Report of the veterinary officer investigating camel disease
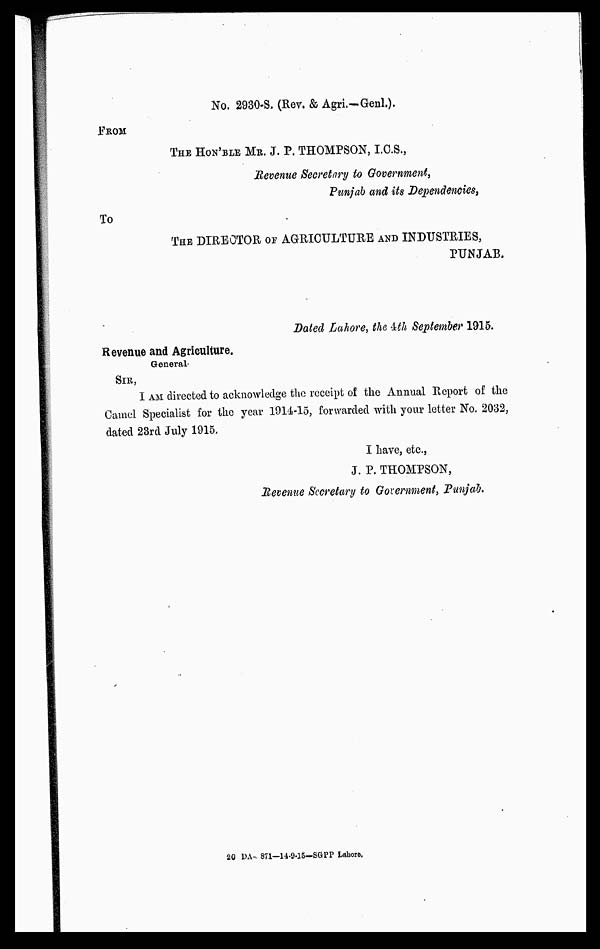
No. 2930-S. (Rev. & Agri.-Genl.).
FROM
THE HON'BLE MR. J. P. THOMPSON, I.C.S.,
Revenue Secretary to Government,
Punjab and its Dependencies,
To
THE DIRECTOR OF AGRICULTURE AND INDUSTRIES,
PUNJAB.
Dated Lahore, the 4th September 1915.
Revenue and Agriculture.
General-
SIR,
I AM directed to acknowledge the receipt of the Annual Report of the
Camel Specialist for the year 1914-15, forwarded with your letter No. 2032,
dated 23rd July 1915.
I have, etc.,
J. P. THOMPSON,
Revenue Secretary to Government, Punjab.
20 DA- 871—14-9-15—SGPP Lahore.